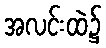
အလင်းထဲ၌